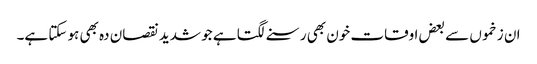
ان زخموں سے بعض اوقات خون بھی رسنے لگتا ہے جو شدید نقصان دہ بھی ہو سکتا ہے۔